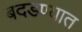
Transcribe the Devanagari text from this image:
बदडण्यात